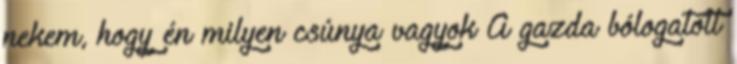
nekem, hogy én milyen csúnya vagyok A gazda bólogatott